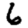
Digit: 6